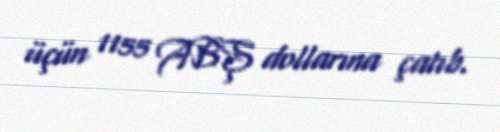
üçün 1155 ABŞ dollarına çatıb.